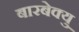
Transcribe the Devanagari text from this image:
बारबेक्यु